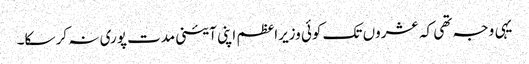
یہی وجہ تھی کہ عشروں تک کوئی وزیراعظم اپنی آئینی مدت پوری نہ کر سکا۔